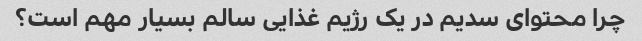
چرا محتوای سدیم در یک رژیم غذایی سالم بسیار مهم است؟